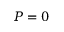
P = 0